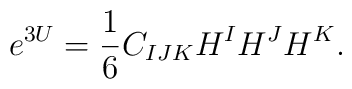
e^{3U}={\frac{1}{6}}C_{IJK}H^{I}H^{J}H^{K}.